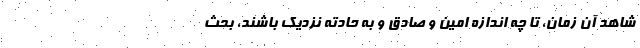
شاهد آن زمان، تا چه اندازه امین و صادق و به حادته نزدیک باشند، بحث